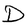
Character: D